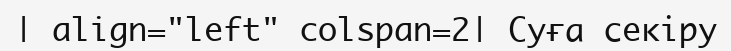
| align="left" colspan=2| Суға секіру